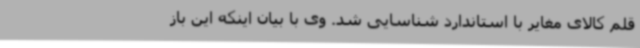
قلم کالای مغایر با استاندارد شناسایی شد. وی با بیان اینکه این باز